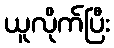
ယူလိုက်ပြီး